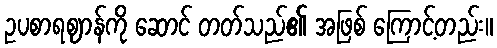
ဥပစာရဈာန်ကို ဆောင် တတ်သည်၏ အဖြစ် ကြောင့်တည်း။